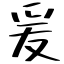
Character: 爰